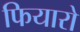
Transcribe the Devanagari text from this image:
फियारो